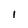
Character: i